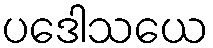
ပဒေါသယေ